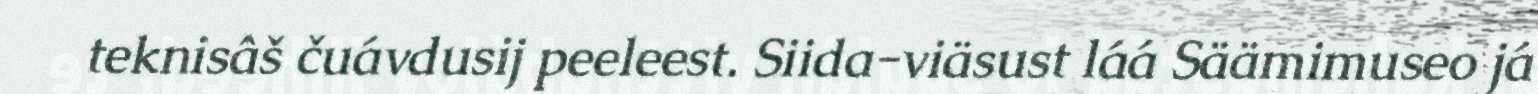
teknisâš čuávdusij peeleest. Siida-viäsust láá Säämimuseo já